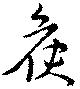
候